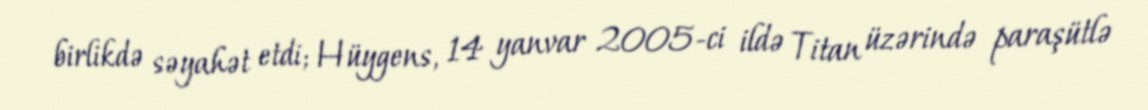
birlikdə səyahət etdi; Hüygens, 14 yanvar 2005-ci ildə Titan üzərində paraşütlə